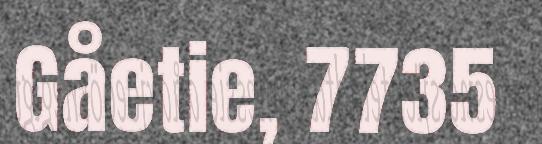
Gåetie, 7735